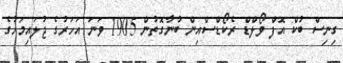
ގިނިސް ބުކް އޮފް ވޯލްޑް ރެކޯޑްސްއިން ބުނާގޮތުން 1905 ވަނަ އަހަރުގެ ޖުލައިމަހުގެ